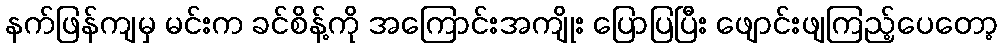
နက်ဖြန်ကျမှ မင်းက ခင်စိန့်ကို အကြောင်းအကျိုး ပြောပြပြီး ဖျောင်းဖျကြည့်ပေတော့